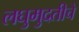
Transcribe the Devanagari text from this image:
लघुमुदतीचे